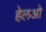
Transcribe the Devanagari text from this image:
हेलओ